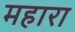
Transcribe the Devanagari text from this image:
महारा